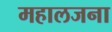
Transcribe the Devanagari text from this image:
महालजना